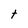
Character: t